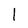
Character: I